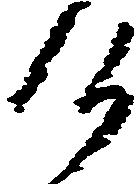
候